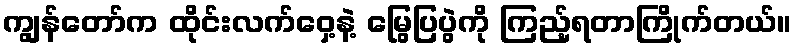
ကျွန်တော်က ထိုင်းလက်ဝှေ့နဲ့ မြွေပြပွဲကို ကြည့်ရတာကြိုက်တယ်။